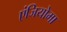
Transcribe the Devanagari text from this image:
एंजियोमा